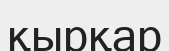
қырқар